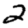
Digit: 2